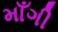
માઁગી